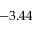
- 3 . 4 4